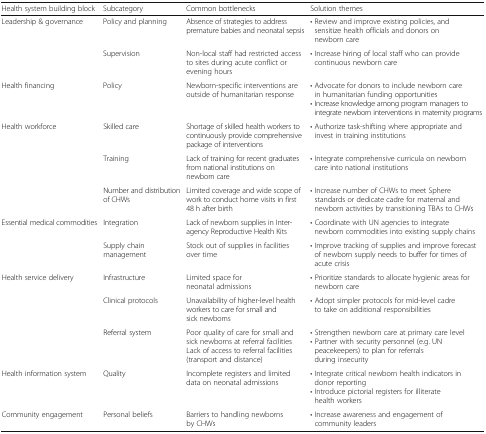
<table><thead><tr><td><b>Health system building block</b></td><td><b>Subcategory</b></td><td><b>Common bottlenecks</b></td><td><b>Solution themes</b></td></tr></thead><tbody><tr><td rowspan="2">Leadership &amp; governance</td><td>Policy and planning</td><td>Absence of strategies to address premature babies and neonatal sepsis</td><td>• Review and improve existing policies, and sensitize health officials and donors on newborn care</td></tr><tr><td>Supervision</td><td>Non-local staff had restricted access to sites during acute conflict or evening hours</td><td>• Increase hiring of local staff who can provide continuous newborn care</td></tr><tr><td>Health financing</td><td>Policy</td><td>Newborn-specific interventions are outside of humanitarian response</td><td>• Advocate for donors to include newborn care in humanitarian funding opportunities• Increase knowledge among program managers to integrate newborn interventions in maternity programs</td></tr><tr><td rowspan="3">Health workforce</td><td>Skilled care</td><td>Shortage of skilled health workers to continuously provide comprehensive package of interventions</td><td>• Authorize task-shifting where appropriate and invest in training institutions</td></tr><tr><td>Training</td><td>Lack of training for recent graduates from national institutions on newborn care</td><td>• Integrate comprehensive curricula on newborn care into national institutions</td></tr><tr><td>Number and distribution of CHWs</td><td>Limited coverage and wide scope of work to conduct home visits in first 48 h after birth</td><td>• Increase number of CHWs to meet Sphere standards or dedicate cadre for maternal and newborn activities by transitioning TBAs to CHWs</td></tr><tr><td rowspan="2">Essential medical commodities</td><td>Integration</td><td>Lack of newborn supplies in Inter-agency Reproductive Health Kits</td><td>• Coordinate with UN agencies to integrate newborn commodities into existing supply chains</td></tr><tr><td>Supply chain management</td><td>Stock out of supplies in facilities over time</td><td>• Improve tracking of supplies and improve forecast of newborn supply needs to buffer for times of acute crisis</td></tr><tr><td rowspan="3">Health service delivery</td><td>Infrastructure</td><td>Limited space for neonatal admissions</td><td>• Prioritize standards to allocate hygienic areas for newborn care</td></tr><tr><td>Clinical protocols</td><td>Unavailability of higher-level health workers to care for small and sick newborns</td><td>• Adopt simpler protocols for mid-level cadre to take on additional responsibilities</td></tr><tr><td>Referral system</td><td>Poor quality of care for small and sick newborns at referral facilitiesLack of access to referral facilities (transport and distance)</td><td>• Strengthen newborn care at primary care level• Partner with security personnel (e.g. UN peacekeepers) to plan for referrals during insecurity</td></tr><tr><td>Health information system</td><td>Quality</td><td>Incomplete registers and limited data on neonatal admissions</td><td>• Integrate critical newborn health indicators in donor reporting• Introduce pictorial registers for illiterate health workers</td></tr><tr><td>Community engagement</td><td>Personal beliefs</td><td>Barriers to handling newborns by CHWs</td><td>• Increase awareness and engagement of community leaders</td></tr></tbody></table>